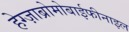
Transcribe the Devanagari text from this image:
हेग्ज़ाब्रोमोबाईफीनाइल